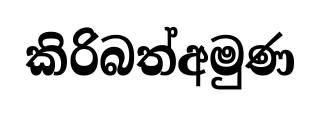
කිරිබත්අමුණ